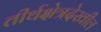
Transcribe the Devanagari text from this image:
तीर्थक्षेत्रदेखील